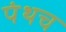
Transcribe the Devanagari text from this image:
पंथच